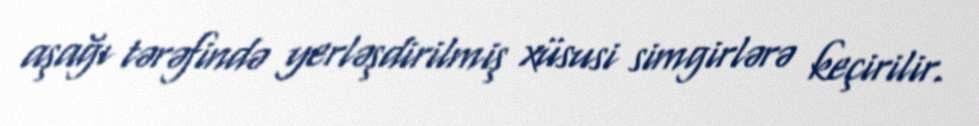
aşağı tərəfində yerləşdirilmiş xüsusi simgirlərə keçirilir.